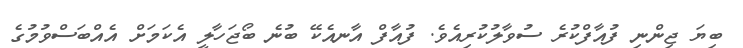
ބިޔަ ޖިންނި ފުއާފްކުރެ ސުވާލުކުރިއެވެ. ފުއާފް އާނއެކޭ ބުނެ ބޯޖަހާލީ އެކަމަށް އެއްބަސްވުމުގެ